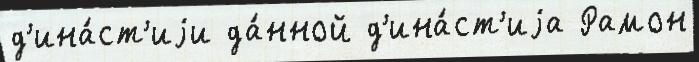
д'ина́ст'иjи да́нной д'ина́ст'иjа Рамон